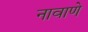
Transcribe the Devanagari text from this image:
नावाणे